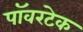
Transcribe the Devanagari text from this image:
पॉवरटेक